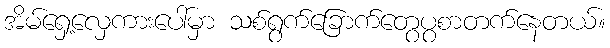
အိမ်ရှေ့လှေကားပေါ်မှာ သစ်ရွက်ခြောက်တွေပွစာတက်နေတယ်။